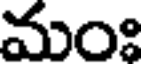
మంః